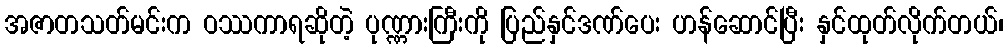
အဇာတသတ်မင်းက ဝဿကာရဆိုတဲ့ ပုဏ္ဏားကြီးကို ပြည်နှင်ဒဏ်ပေး ဟန်ဆောင်ပြီး နှင်ထုတ်လိုက်တယ်၊